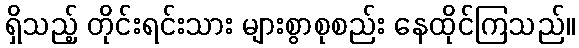
ရှိသည့် တိုင်းရင်းသား များစွာစုစည်း နေထိုင်ကြသည်။